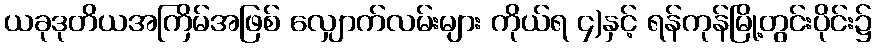
ယခုဒုတိယအကြိမ်အဖြစ် လျှောက်လမ်းများ ကိုယ်ရ ၄)နှင့် ရန်ကုန်မြို့တွင်းပိုင်း၌